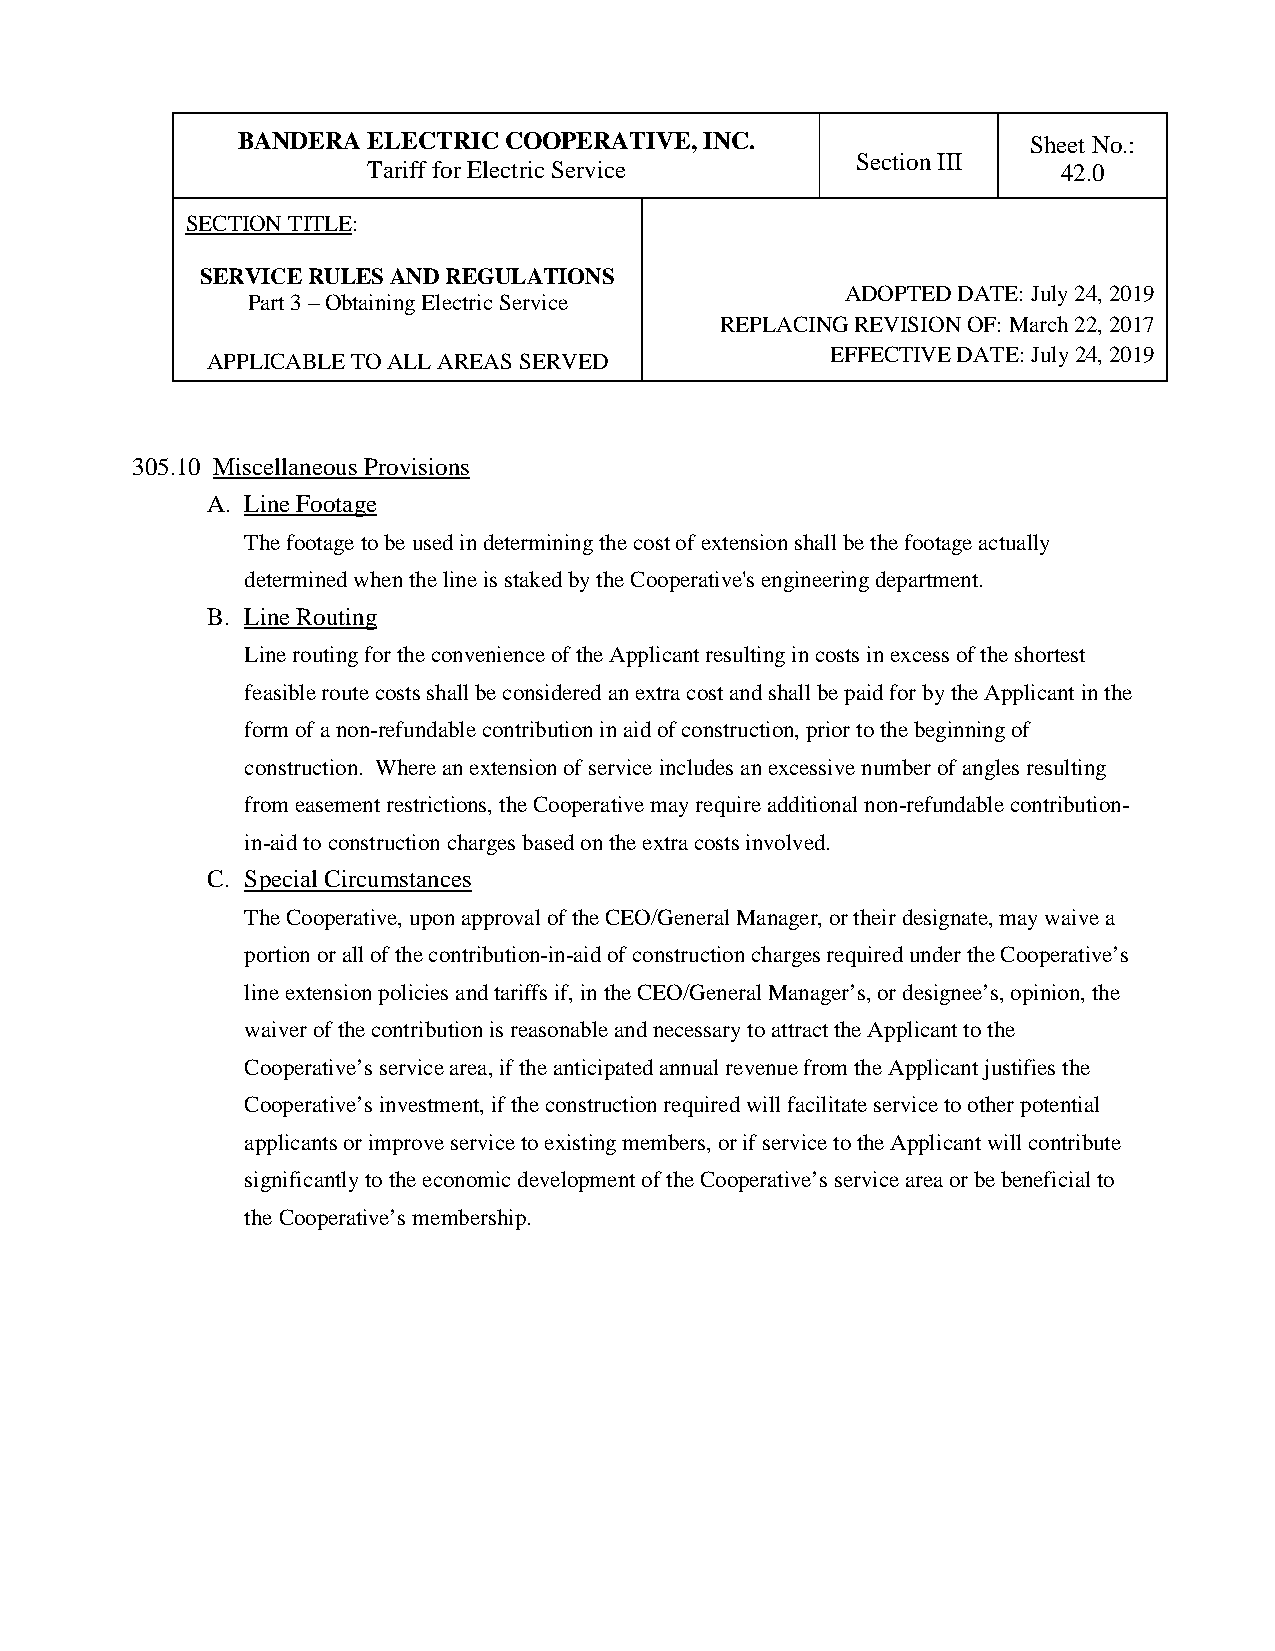
BANDERA ELECTRIC COOPERATIVE,  INC.                 Sheet No.:
 Section III
 Tariff for Electric Service                   42.0
 SECTION TITLE:
 SERVICE RULES AND REGULATIONS
 ADOPTED DATE: July 24, 2019
 Part 3 – Obtaining Electric Service
 REPLACING REVISION OF: March 22, 2017
 EFFECTIVE DATE: July 24, 2019
 APPLICABLE TO ALL AREAS SERVED
 305.10 Miscellaneous Provisions
 A. Line Footage
 The footage to be used in determining the cost of extension shall be the footage actually
 determined when the line is staked by the Cooperative's engineering department.
 B. Line Routing
 Line routing for the convenience of the Applicant resulting in costs in excess of the shortest
 feasible route costs shall be considered an extra cost and shall be paid for by the Applicant in the
 form of a non-refundable contribution in aid of construction, prior to the beginning of
 construction. Where an extension of service includes an excessive number of angles resulting
 from easement restrictions, the Cooperative may require additional non-refundable contribution-
 in-aid to construction charges based on the extra costs involved.
 C. Special Circumstances
 The Cooperative, upon approval of the CEO/General Manager, or their designate, may waive a
 portion or all of the contribution-in-aid of construction charges required under the Cooperative’s
 line extension policies and tariffs if, in the CEO/General Manager’s, or designee’s, opinion, the
 waiver of the contribution is reasonable and necessary to attract the Applicant to the
 Cooperative’s service area, if the anticipated annual revenue from the Applicant justifies the
 Cooperative’s investment, if the construction required will facilitate service to other potential
 applicants or improve service to existing members, or if service to the Applicant will contribute
 significantly to the economic development of the Cooperative’s service area or be beneficial to
 the Cooperative’s membership.